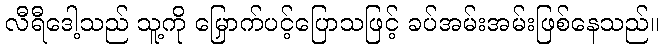
လီရီဒေါ့သည် သူ့ကို မြှောက်ပင့်ပြောသဖြင့် ခပ်အမ်းအမ်းဖြစ်နေသည်။